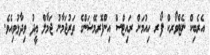
އެރެބިކް ނެޓްވޯރކް ފޯރ ހިއުމަން ރައިޓްސް އިންފޮރމޭޝަންގެ ތަރުޖަމާނު ޖަމާލް ޢީދު ވިދާޅުވިއެވެ.